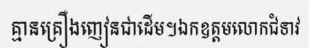
គ្មានគ្រឿងញៀនជាដើម។ឯកឧត្តមលោកជំទាវ